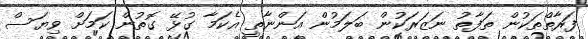
ފަރާތްތަކުން ތަފާތު ނަޒަރަކުން ބަލަމުން އަންނާތީ އެކަމާ ގުޅޭ ގޮތުން ކަމަށް ވިޔަސް